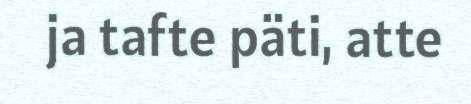
ja tafte päti, atte